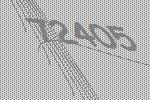
72405